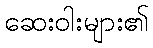
ဆေးဝါးများ၏